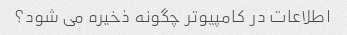
اطلاعات در کامپیوتر چگونه ذخیره می شود؟